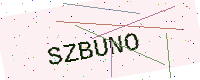
Text: SZBUNO